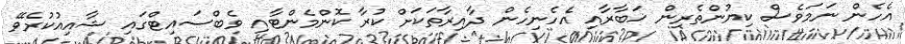
އެހެން ނަމަވެސް ކިޔުންތެރިން ޚަބާރާއި އެހެނިހެން ދާއިރާތަކަށް ކުރާ ކޮންމެންޓާއި ވެބްސައިޓްގައި ޝާއިއުކުރެވޭ